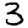
Digit: 3